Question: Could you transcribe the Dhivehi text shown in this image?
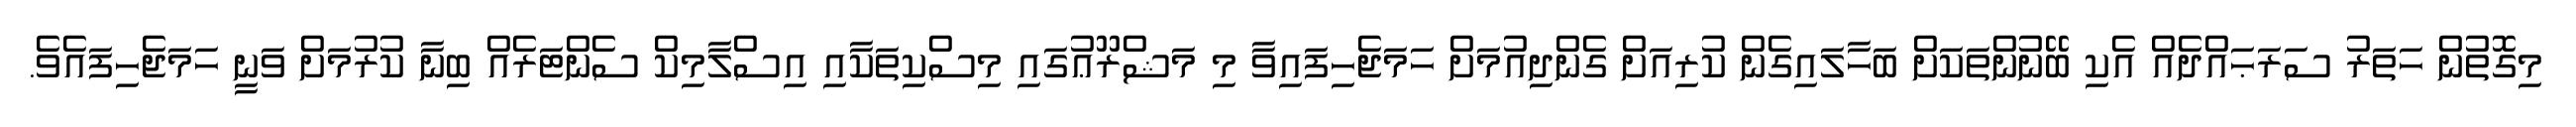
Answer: މިގޮތުން ހަތަރު ސަރަޙައްދެއް އެކި ބޭނުންތަކަށް ބަހާލައިގެން ކުރިއަށް ގެންދިއުމަށް ހަމަޖެހިފައިވާ މި މަޝްރޫޢުގައި މިސްކިތަކާއި އިސްލާމިކް ސެންޓަރެއް ބިނާ ކުރުމަށް ވަނީ ހަމަޖެހިފައެވެ.